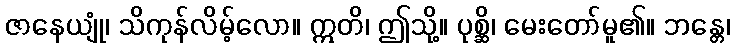
ဇာနေယျုံ၊ သိကုန်လိမ့်လော။ ဣတိ၊ ဤသို့။ ပုစ္ဆိ၊ မေးတော်မူ၏။ ဘန္တေ၊